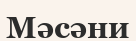
Мәсәни